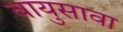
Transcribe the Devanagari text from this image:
वायुसावा